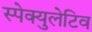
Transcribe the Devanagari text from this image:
स्पेक्युलेटिव